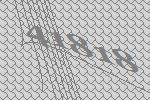
41818